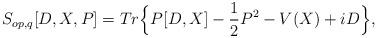
LaTeX: \begin{align*}S_{op,q}[D,X,P]=Tr \Big\{ P[D,X]-\frac{1}{2}P^2 - V(X)+iD \Big\},\end{align*}